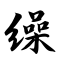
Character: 缲